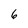
Character: 6